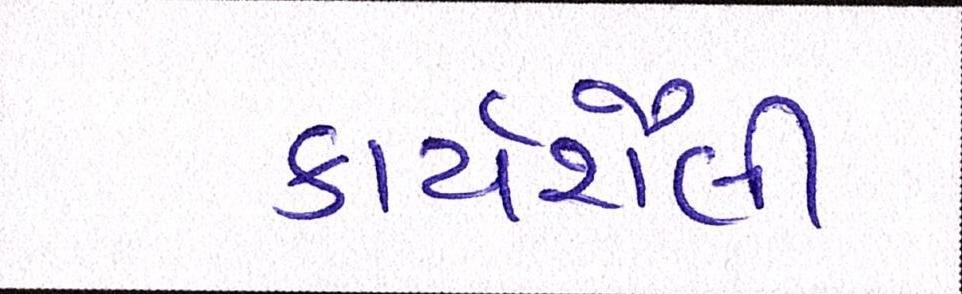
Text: કાર્યશૈલી